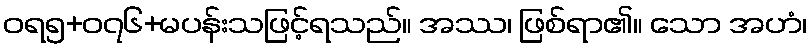
ဝရ၅+၀၇၆+မပန်းသဖြင့်ရသည်။ အဿ၊ ဖြစ်ရာ၏။ သော အဟံ၊